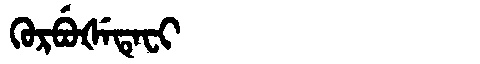
Manchu: ᡴᡠᡵᠪᡠᡧᡝᡨᡝᠸᡳ
Romanization: KURBUŠETEFI